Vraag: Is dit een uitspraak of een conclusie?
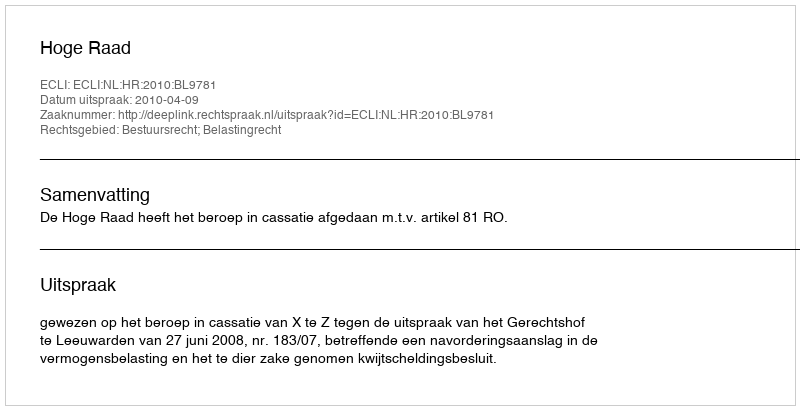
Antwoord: Uitspraak